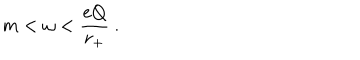
LaTeX: m < \omega < \frac { e Q } { r _ { + } } ~ .